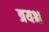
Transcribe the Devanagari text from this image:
त्रयश्च